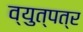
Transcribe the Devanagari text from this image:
व्युत्पत्र